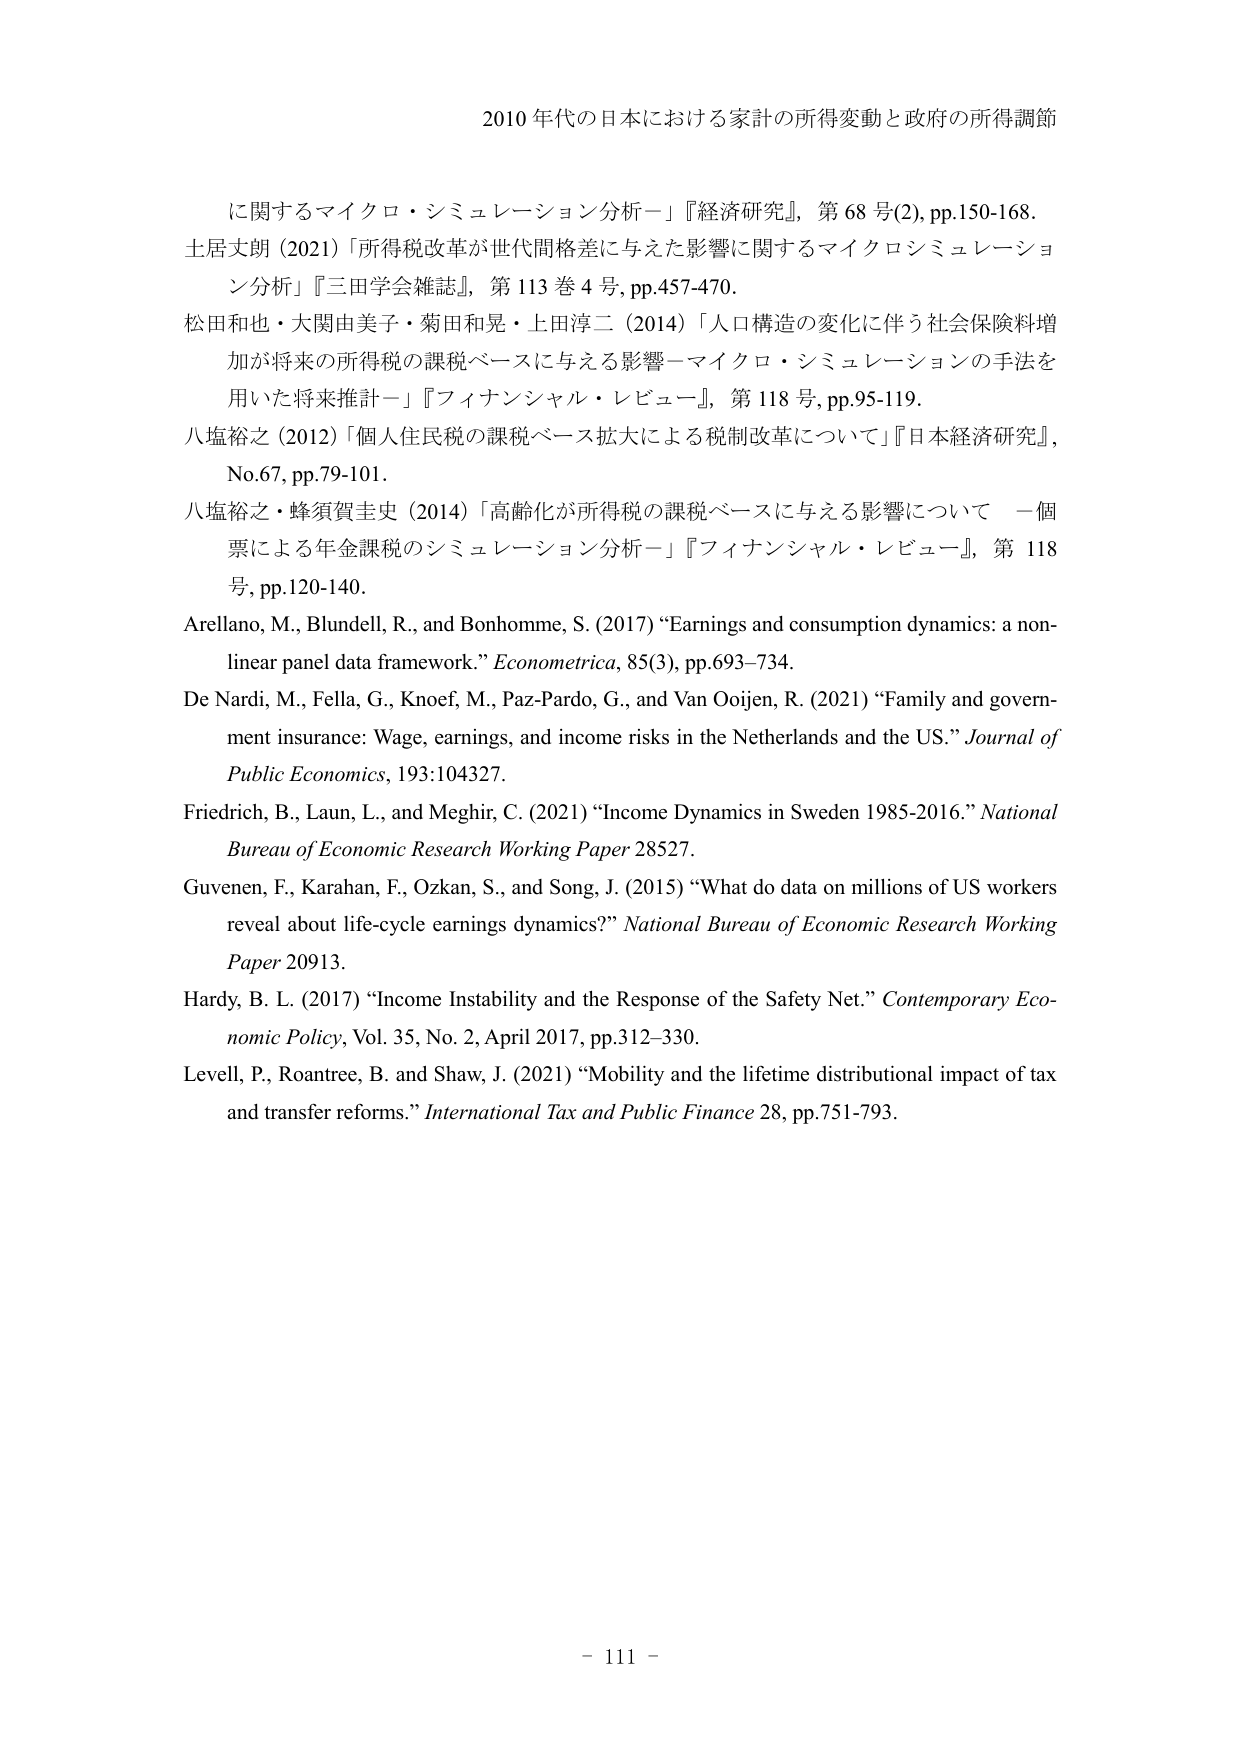
2010 年代の日本における家計の所得変動と政府の所得調節

に関するマイクロ・シミュレーション分析－」『経済研究』，第 68 号(2), pp.150-168.
土居丈朗（2021）「所得税改革が世代間格差に与えた影響に関するマイクロシミュレーション分析」『三田学会雑誌』，第 113 巻 4 号，pp.457-470.
松田和也・大関由美子・菊田和晃・上田淳二（2014）「人口構造の変化に伴う社会保険料増加が将来の所得税の課税ベースに与える影響－マイクロ・シミュレーションの手法を用いた将来推計－」『フィナンシャル・レビュー』，第 118 号，pp.95-119.
八塩裕之（2012）「個人住民税の課税ベース拡大による税制改革について」『日本経済研究』，No.67，pp.79-101.
八塩裕之・蜂須賀圭史（2014）「高齢化が所得税の課税ベースに与える影響について 一個票による年金課税のシミュレーション分析－」『フィナンシャル・レビュー』，第 118 号，pp.120-140.
Arellano, M., Blundell, R., and Bonhomme, S. (2017) “Earnings and consumption dynamics: a non-linear panel data framework.” Econometrica, 85(3), pp.693–734.
De Nardi, M., Fella, G., Knoef, M., Paz-Pardo, G., and Van Ooijen, R. (2021) “Family and government insurance: Wage, earnings, and income risks in the Netherlands and the US.” Journal of Public Economics, 193:104327.
Friedrich, B., Laun, L., and Meghir, C. (2021) “Income Dynamics in Sweden 1985-2016.” National Bureau of Economic Research Working Paper 28527.
Guvenen, F., Karahan, F., Ozkan, S., and Song, J. (2015) “What do data on millions of US workers reveal about life-cycle earnings dynamics?” National Bureau of Economic Research Working Paper 20913.
Hardy, B. L. (2017) “Income Instability and the Response of the Safety Net.” Contemporary Economic Policy, Vol. 35, No. 2, April 2017, pp.312–330.
Levell, P., Roantree, B. and Shaw, J. (2021) “Mobility and the lifetime distributional impact of tax and transfer reforms.” International Tax and Public Finance 28, pp.751-793.

－ 111 －